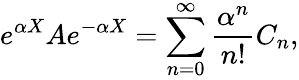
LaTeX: e^{\alpha X}Ae^{-\alpha X}=\sum_{n=0}^{\infty}\frac{\alpha^{n}}{n!}C_{n},